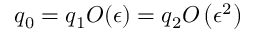
q _ { 0 } = q _ { 1 } O ( \epsilon ) = q _ { 2 } O \left( \epsilon ^ { 2 } \right)